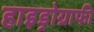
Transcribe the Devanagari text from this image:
हाइड्रोग्राफी